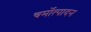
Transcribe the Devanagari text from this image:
चर्मोत्पादन